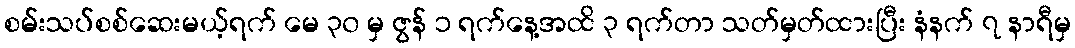
စမ်းသပ်စစ်ဆေးမယ့်ရက် မေ ၃၀ မှ ဇွန် ၁ ရက်နေ့အထိ ၃ ရက်တာ သတ်မှတ်ထားပြီး နံနက် ၇ နာရီမှ